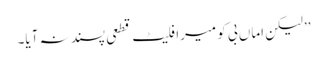
’’لیکن اماں بی کو میرا فلیٹ قطعی پسند نہ آیا۔